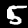
Label: 5